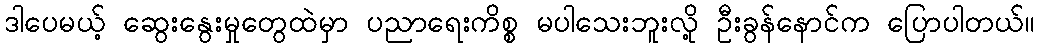
ဒါပေမယ့် ဆွေးနွေးမှုတွေထဲမှာ ပညာရေးကိစ္စ မပါသေးဘူးလို့ ဦးခွန်နောင်က ပြောပါတယ်။